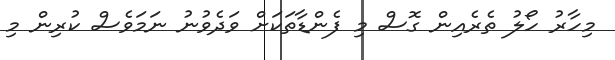
މިހާރު ހޯލު ތެރެއިން ގޮސް މި ފެންޑާތަކަށް ވަދެވުނު ނަމަވެސް ކުރިން މި